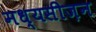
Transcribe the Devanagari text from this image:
मध्यसीज़न